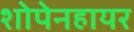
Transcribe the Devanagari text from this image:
शोपेनहायर